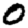
Digit: 0